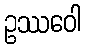
ဥဿဝေါ